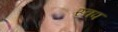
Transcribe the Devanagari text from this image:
स्वप